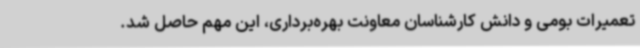
تعمیرات بومی و دانش کارشناسان معاونت بهره‌برداری، این مهم حاصل شد.